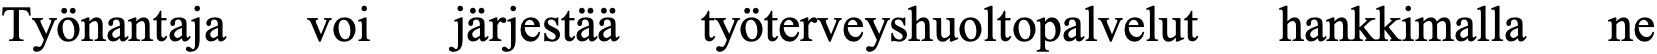
Työnantaja voi järjestää työterveyshuoltopalvelut hankkimalla ne